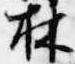
林